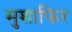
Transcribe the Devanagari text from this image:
मुशाफिर